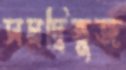
সমদ্বিভুজ